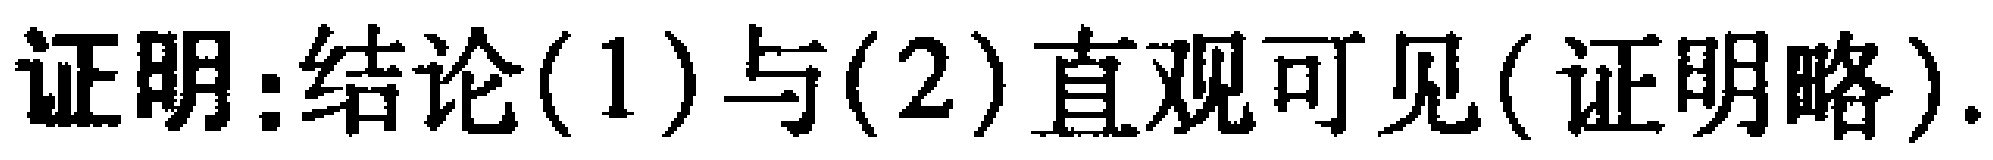
证明：结论(1)与(2)直观可见(证明略).